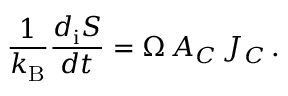
\frac { 1 } { k _ { \mathrm { B } } } \frac { d _ { \mathrm { i } } S } { d t } = \Omega \, { \cal A _ { C } } \, { \cal J _ { C } } \, .